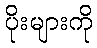
ပိုးများကို